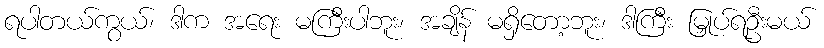
ရပါတယ်ကွယ်၊ ဒါက အရေး မကြီးပါဘူး၊ အချိန် မရှိတော့ဘူး၊ ဒါကြီး မြှုပ်ရဦးမယ်